Leaving Certificate Examination (including Day School Certificate (Higher) General paper), 1937
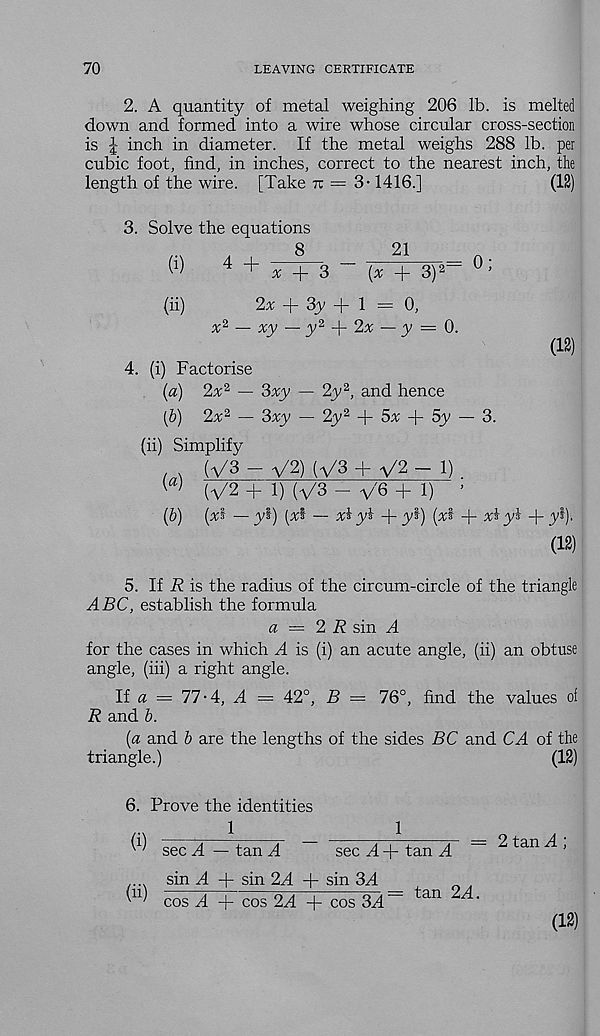
70
LEAVING CERTIFICATE
2. A quantity of metal weighing 206 lb. is melted
down and formed into a wire whose circular cross-section
is J inch in diameter. If the metal weighs 288 lb. per
cubic foot, find, in inches, correct to the nearest inch, the
length of the wire. [Take ir = 3 -1416.]
(12)
3. Solve the equations
8
21
W
4 + FT“3 ~~ (x + 3) 2= 0 ;
(ii)
2% + 3_y + 1 = 0,
x 2 — xy — y 2
2x — y = 0.
(12)
4. (i) Factorise
(a) 2x 2 — 3xy — 2y 2 , and hence
(b) 2^2 — 3xy — 2y 2
5x
5y — 3.
(ii) Simplify
(V3 - V2) (V3 + y2 - 1)
W
(V2 + 1) (V3 - V'6 + 1)
’
(&) (xi — yi) [x% — xi yi
yS) (xi
xi yb
y%).
(12)
5. If It is the radius of the circum-circle of the triangle
ABC, establish the formula
a = 2 R sin A
for the cases in which A is (i) an acute angle, (ii) an obtuse
angle, (hi) a right angle.
If « = 77-4, A — 42°, B = 76°, find the values of
R and b.
(a and b are the lengths of the sides BC and CA of the
triangle.)
(12)
6.
(i)
(ii)
Prove the identities
1
_
1
sec A — tan A ^ sec A + tan A
sin A -f sin 2A + sin 3A
cos A + cos 2A + cos 3A ~ tan
2 tan A ;
(12)